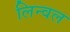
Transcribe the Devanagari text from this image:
लिन्वल